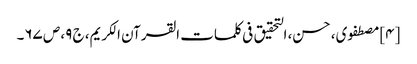
[۴] مصطفوی، حسن، التحقیق فی کلمات القرآن الکریم، ج ۹، ص ۶۷۔